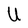
Character: U